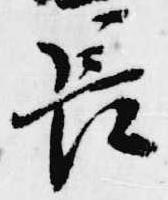
長